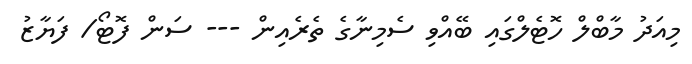
މިއަދު މާބްލް ހޮޓެލްގައި ބޭއްވި ސެމިނާގެ ތެރެއިން --- ސަން ފޮޓޯ/ ފަޔާޒު